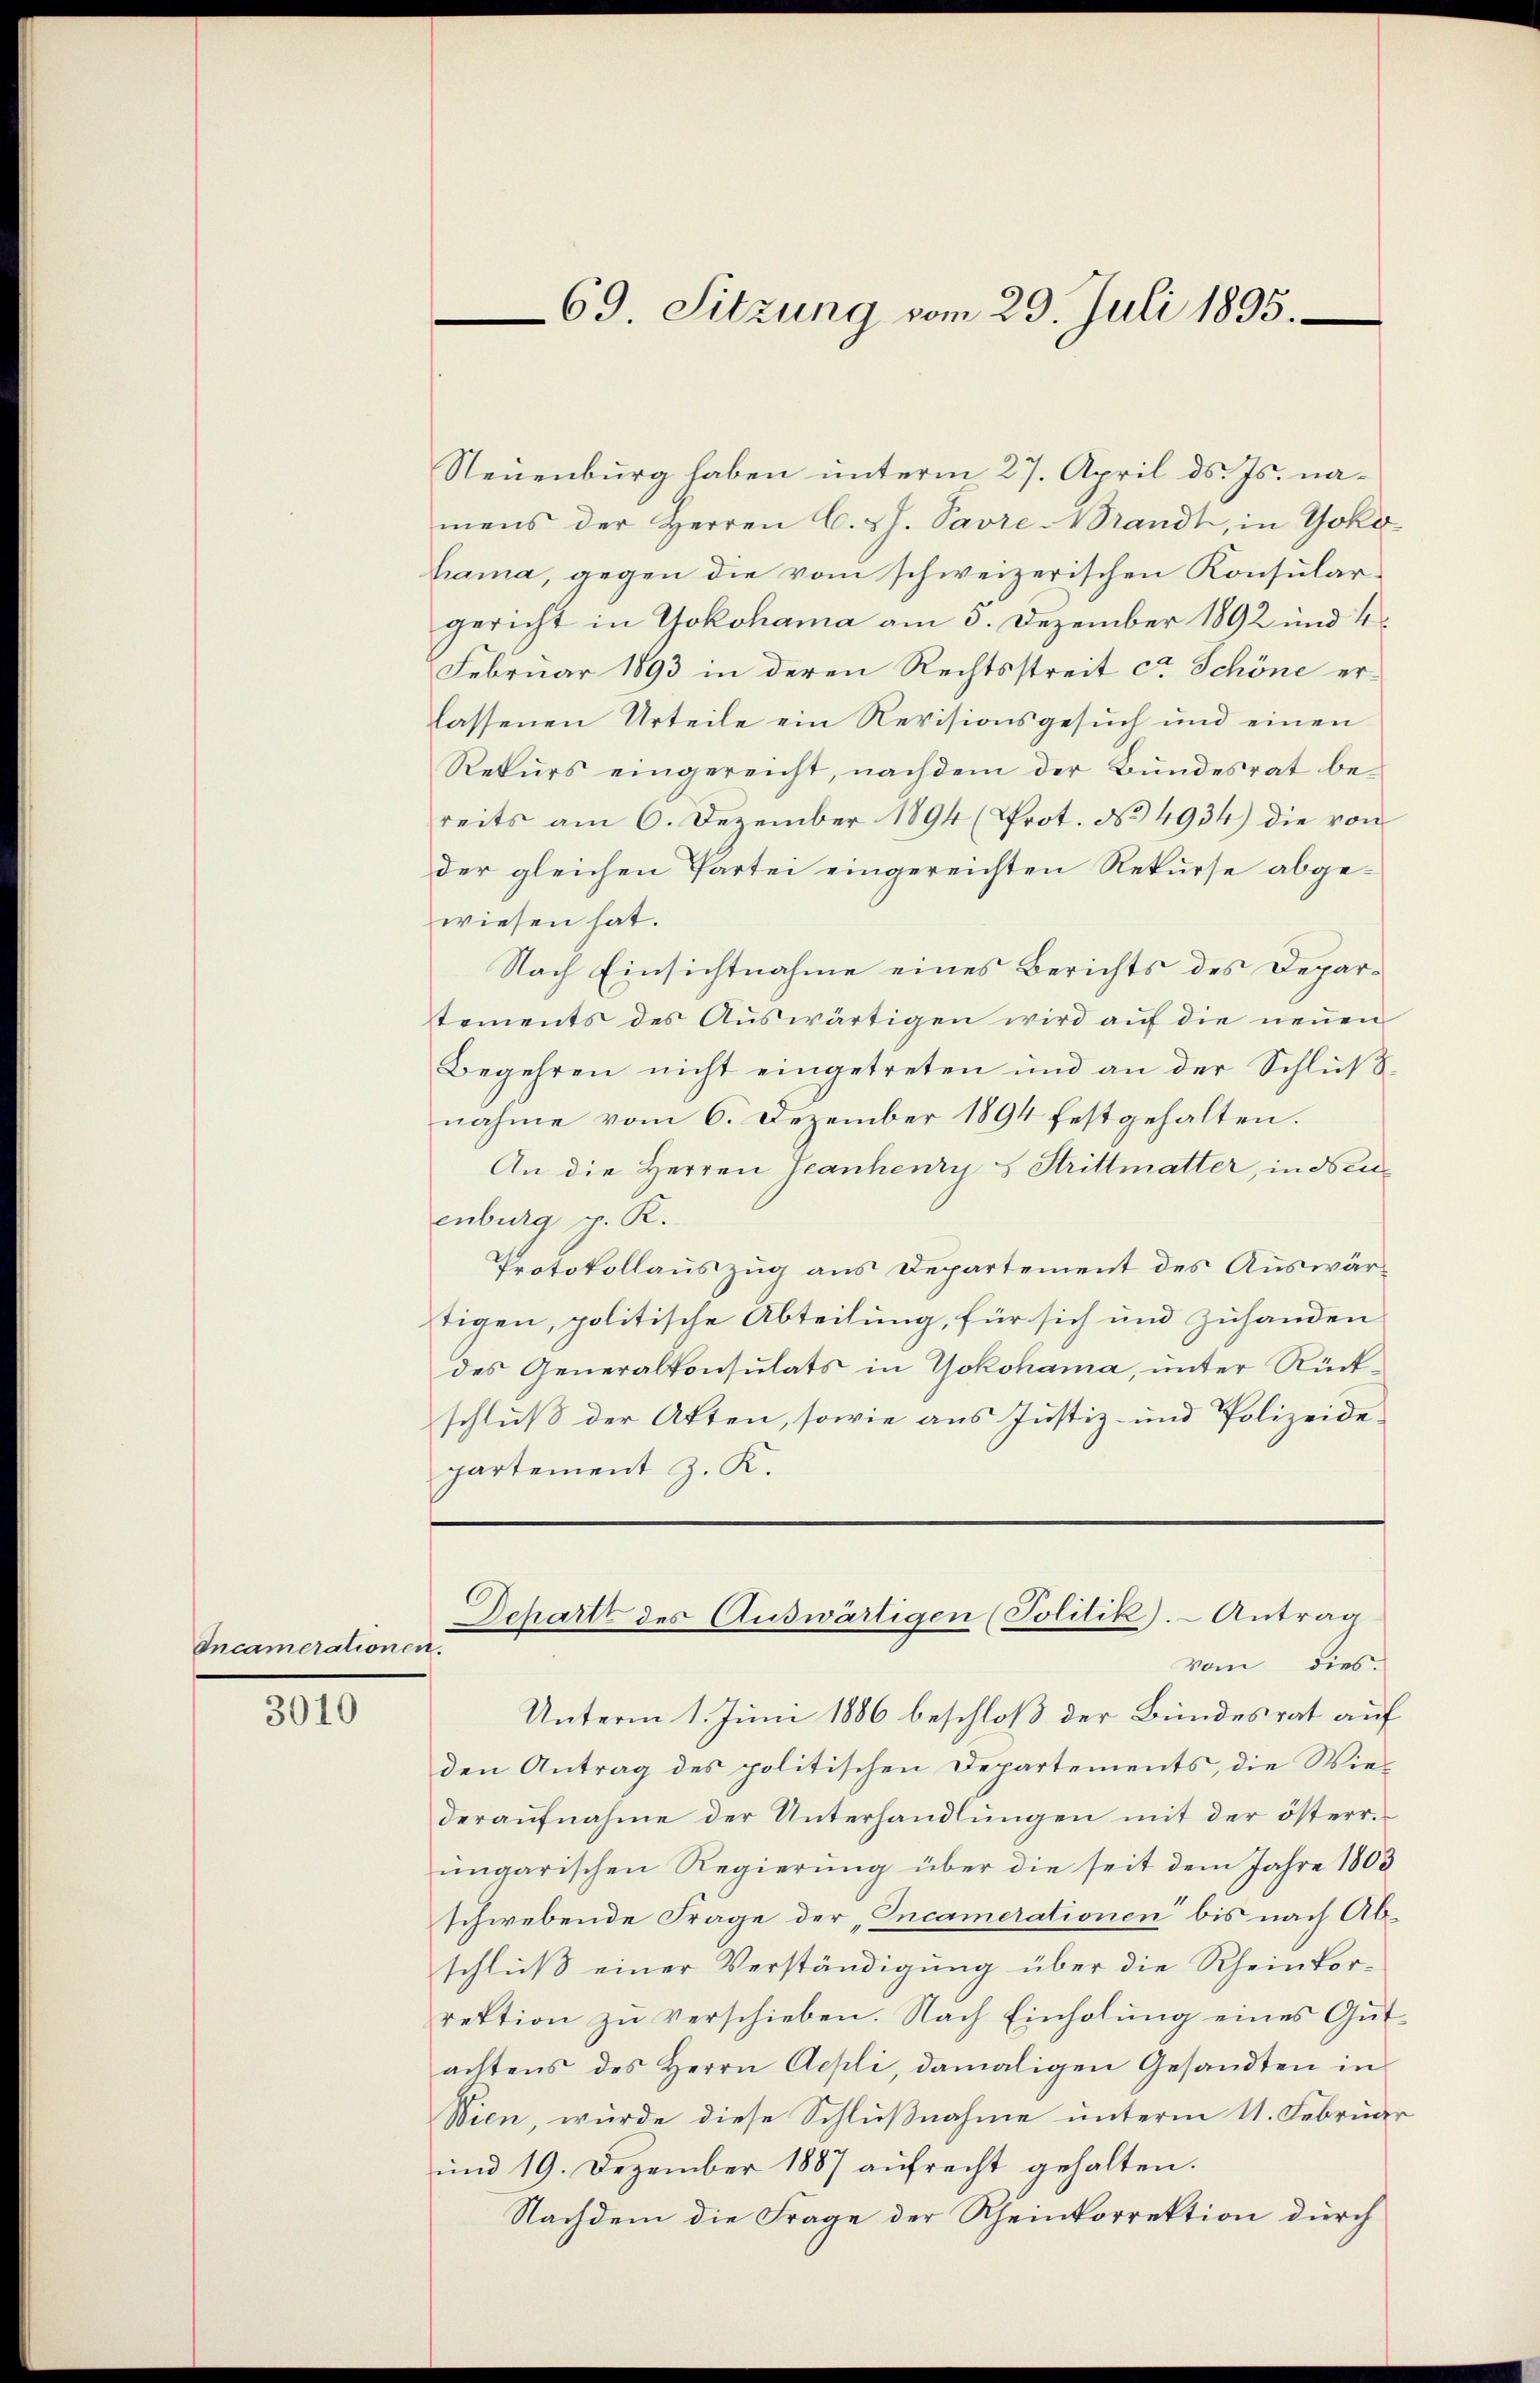
Incamerationen.

3010

69. Sitzung vom 29. Juli 1895.

Neuenburg haben unterm 27. April ds. Js. namens der Herren C. d. J. Savre Brandt, in Yokohama, gegen die vom schweizerischen Konsulargericht in Yokohama am 5. Dezember 1892 und 4
Februar 1893 in deren Rechtsstreit ca Schöne erlassenen Urteile ein Revisionsgesuch und einen
Rekurs eingereicht, nachdem der Bundesrat bereits am 6. Dezember 1894 (Prot. No 4934) die von
der gleichen Partei eingereichten Rekurse abgewiesen hat.
Nach Einsichtnahme eines Berichts des Deparstements des Aŭswärtigen wird aŭf die neŭen
Begehren nicht eingetreten und an der Schlŭβ-
nahme vom 6. Dezember 1894 festgehalten.
An die Herren Jeanhenry s Strittmatter, in Neue
enburg p. R.
Protokollauszug aus Departement des Auswärtigen, politische Abteilung, für sich und zuhanden
des Generalkonsulats in Yokohama, unter Rückschluß der Akten, sowie aus Justiz- und Polizeidepartement z. K.

Unterm 1. Juni 1886 beschloß der Bundesrat auf
den Antrag des politischen Departements, die Wiederaŭfnahme der Unterhandlungen mit der österrungarischen Regierung über die seit dem Jahre 1803
schwebende Frage der „Incamerationen bis nach Abschlŭβ einer Verständigŭng über die Rheinkorrektion zŭ verschieben. Nach Einholŭng eines Gŭt-
achtens des Herrn Aepli, damaligen Gesandten in
Wien wurde diese Schlußnahme unterm 11. Februar
und 19. Dezember 1887 aŭfrecht gehalten.
Nachdem die Frage der Rheinkorrektion durch

Schartt des Auswärtigen (Politik). Antrag
vom dies